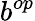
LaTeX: b^{op}